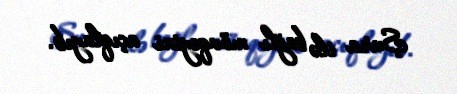
Şura ilə bağlı mövqeyini açıqlayıb.